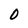
Character: 0